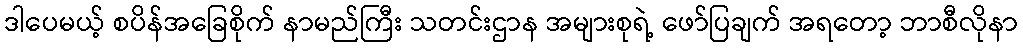
ဒါပေမယ့် စပိန်အခြေစိုက် နာမည်ကြီး သတင်းဌာန အများစုရဲ့ ဖော်ပြချက် အရတော့ ဘာစီလိုနာ